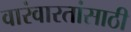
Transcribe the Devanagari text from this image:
वारंवारतांसाठी